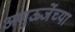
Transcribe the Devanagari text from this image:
अणुऊर्जेच्या